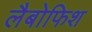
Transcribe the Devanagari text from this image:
लैबोफिश